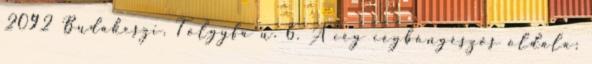
2092 Budakeszi, Tölgyfa u. 6. A cég cégböngészős oldala: